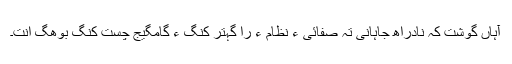
آہاں گوشت کہ نادراھ جاہانی تہ صفائی ءِ نظام ءَ را گہتر کنگ ءِ گامگیج چست کنگ بوھگ انت۔